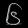
Digit: ၆